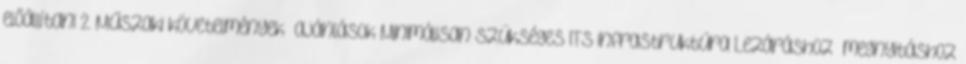
előállítani 2. Műszaki követelmények ajánlások Minimálisan szükséges ITS infrastruktúra Lezáráshoz megnyitáshoz